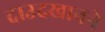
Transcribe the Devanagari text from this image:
दाउदखानने